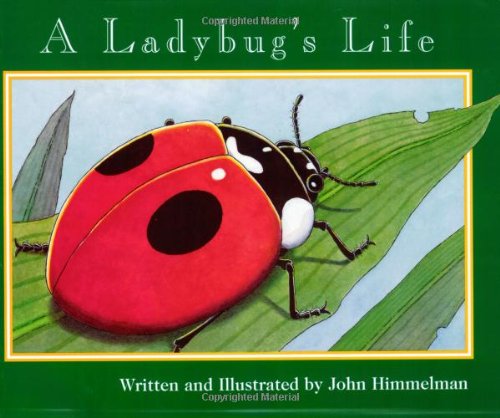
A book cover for A Ladybug's Life (Nature Upclose); John Himmelman; Children's Books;